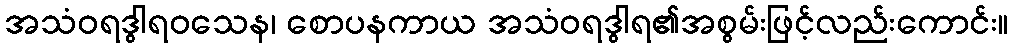
အသံဝရဒွါရဝသေန၊ စောပနကာယ အသံဝရဒွါရ၏အစွမ်းဖြင့်လည်းကောင်း။